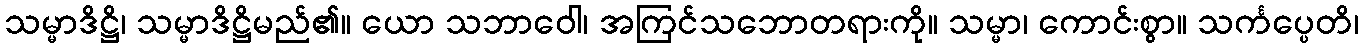
သမ္မာဒိဋ္ဌိ၊ သမ္မာဒိဋ္ဌိမည်၏။ ယော သဘာဝေါ၊ အကြင်သဘောတရားကို။ သမ္မာ၊ ကောင်းစွာ။ သင်္ကပ္ပေတိ၊